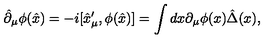
\hat { \partial } _ { \mu } \phi ( \hat { x } ) = - i [ \hat { x } _ { \mu } ^ { \prime } , \phi ( \hat { x } ) ] = \int d x \partial _ { \mu } \phi ( x ) \hat { \Delta } ( x ) ,